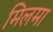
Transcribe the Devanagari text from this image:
मिलमा